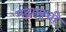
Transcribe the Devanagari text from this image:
मद्रासची